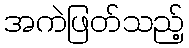
အကဲဖြတ်သည့်